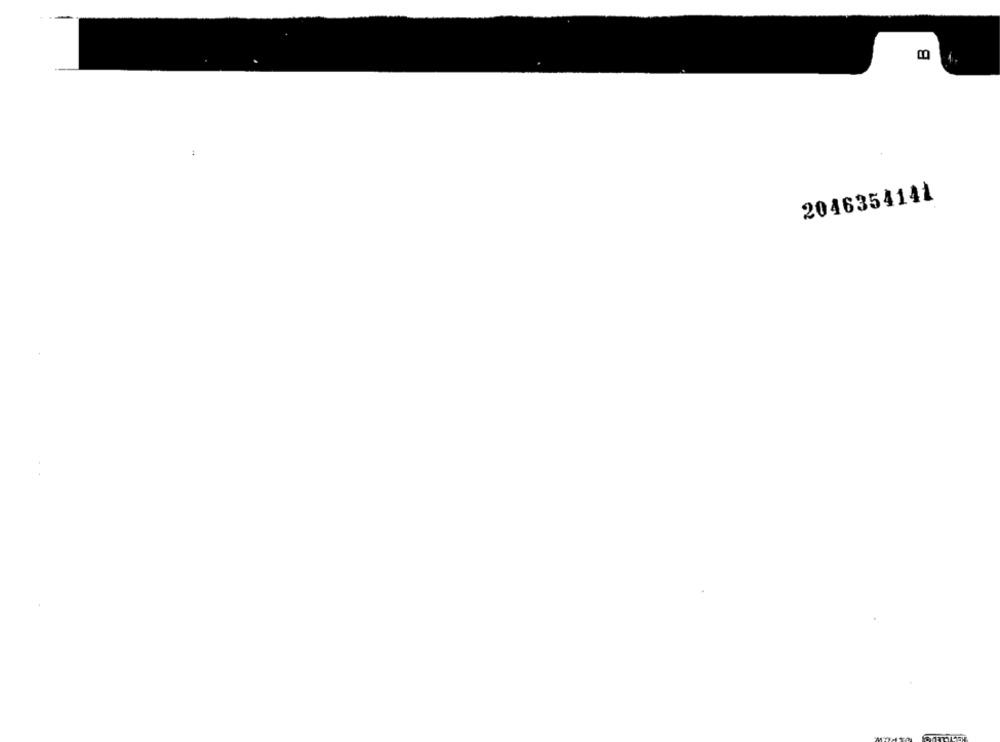
2046354141